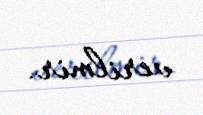
verilmir.